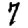
Digit: 7